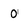
Character: 0